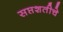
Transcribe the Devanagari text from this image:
सप्तशतीचे